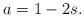
LaTeX: \begin{align*}a=1-2s.\end{align*}